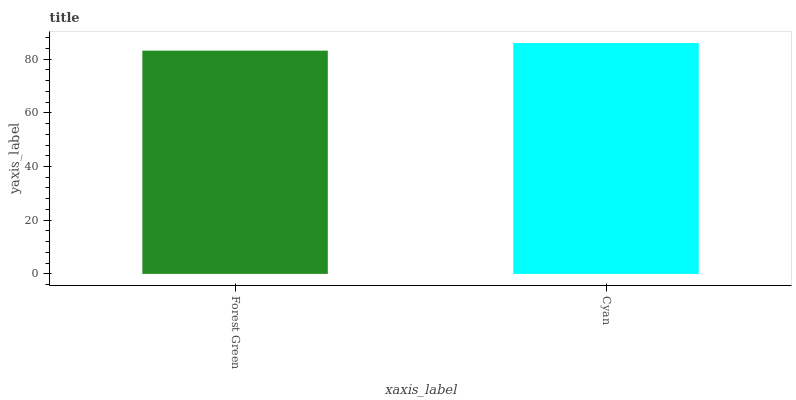
| xaxis_label | bars |
 | --- | --- |
 | Forest Green | 83.2 |
 | Cyan | 86 |